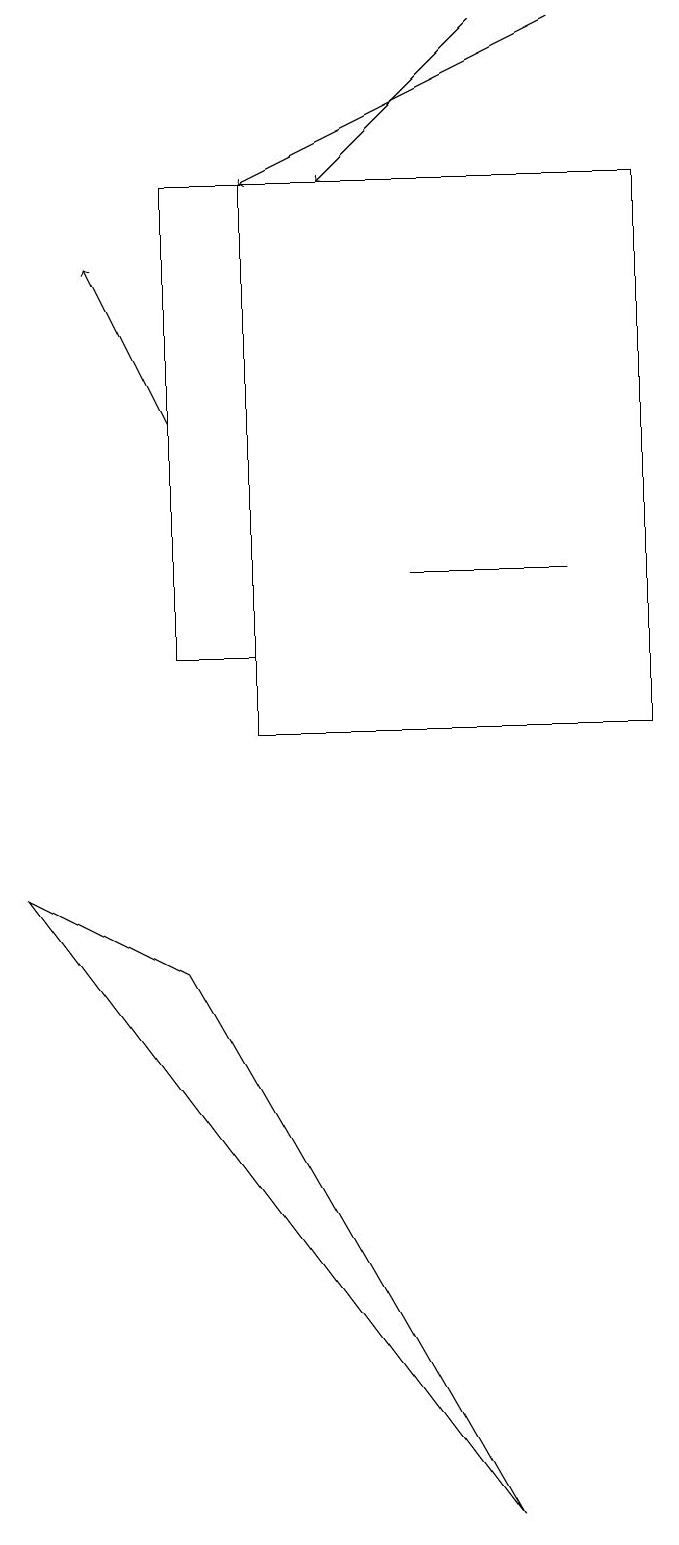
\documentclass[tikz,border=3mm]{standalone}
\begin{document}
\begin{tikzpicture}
\draw[->] (7,19) -- (5,17);
\draw (3,7) -- (1,8) -- (7,0) -- cycle;
\draw[->] (8,19) -- (4,17);
\draw[->] (3,14) -- (2,16);
\draw (4,10) rectangle (9,17);
\draw (3,11) rectangle (4,17);
\draw (6,12) rectangle (8,12);
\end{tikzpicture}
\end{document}